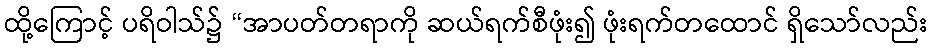
ထို့ကြောင့် ပရိဝါသ်၌ “အာပတ်တရာကို ဆယ်ရက်စီဖုံး၍ ဖုံးရက်တထောင် ရှိသော်လည်း